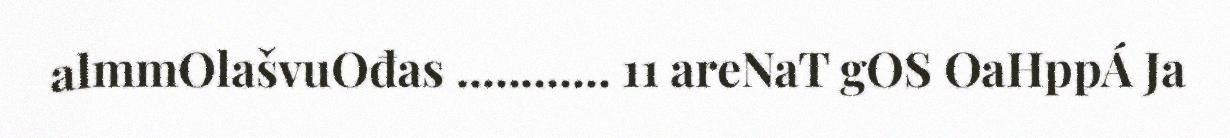
almmOlašvuOđas ............ 11 areNaT gOS OaHppÁ Ja